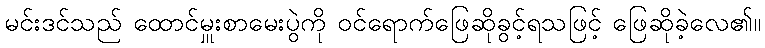
မင်းဒင်သည် ထောင်မှူးစာမေးပွဲကို ဝင်ရောက်ဖြေဆိုခွင့်ရသဖြင့် ဖြေဆိုခဲ့လေ၏။